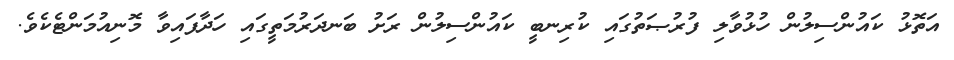
އަތޮޅު ކައުންސިލުން ހުޅުވާލި ފުރުޞަތުގައި ކުރިނބީ ކައުންސިލުން ރަށު ބަނދަރުމަތީގައި ހަދާފައިވާ މޮނިއުމަންޓެކެވެ.